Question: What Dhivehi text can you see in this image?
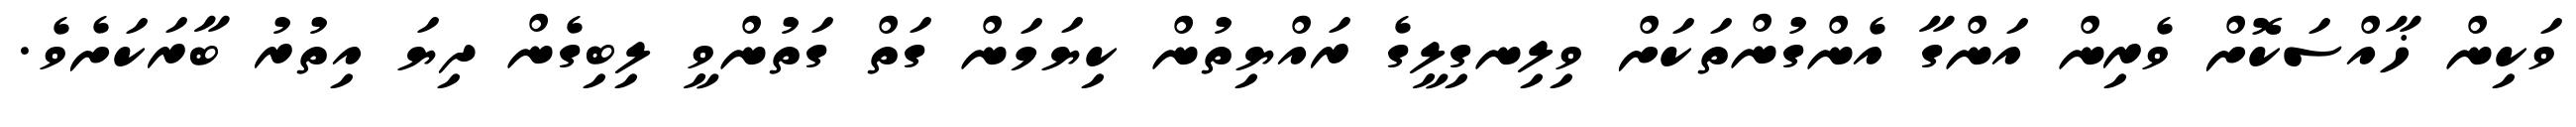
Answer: ވަކިން ޚާއްސަކޮށް ވެރިން އަންގާ އެންގުންތަކަށް ވިލިނގިލީގެ ރައްޔިތުން ކިޔަމަން ގަތް ގަތުންވީ ލިބިގެން ދިޔަ އިތުރު ބާރަކަށެވެ.